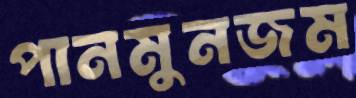
পানমুনজম